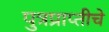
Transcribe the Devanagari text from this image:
पुत्रप्राप्‍तीचे